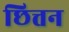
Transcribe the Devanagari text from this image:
छित्तन